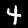
Label: 4